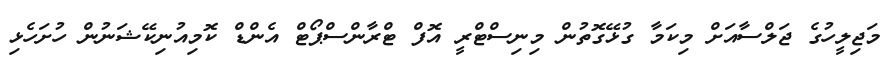
މަޖިލީހުގެ ޖަލްސާއަށް މިކަމާ ގުޅޭގޮތުން މިނިސްޓްރީ އޮފް ޓްރާންސްޕޯޓް އެންޑް ކޮމިއުނިކޭޝަނުން ހުށަހެޅި